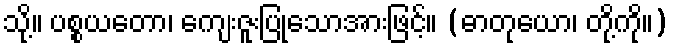
သို့။ ပစ္စယတော၊ ကျေးဇူးပြုသောအားဖြင့်။ (ဓာတုယော၊ တို့ကို။)